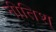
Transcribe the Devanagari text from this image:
नीतिश्